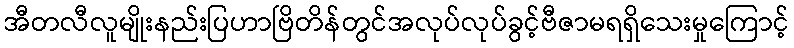
အီတလီလူမျိုးနည်းပြဟာဗြိတိန်တွင်အလုပ်လုပ်ခွင့်ဗီဇာမရရှိသေးမှုကြောင့်